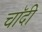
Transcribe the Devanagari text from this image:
चाॅदी